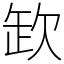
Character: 欫